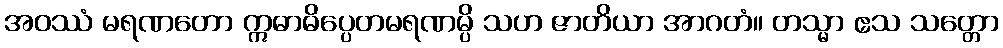
အဝဿံ မရဏတော ဣဓာဓိပ္ပေတမရဏမ္ပိ သဟ ဇာတိယာ အာဂတံ။ တသ္မာ ဧသ သတ္တော